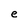
Character: e